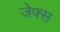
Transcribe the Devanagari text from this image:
जेफ्स